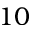
1 0